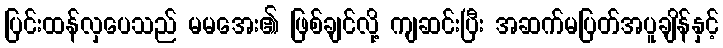
ပြင်းထန်လှပေသည် မမအေး၏ ဖြစ်ချင်လို့ ကျဆင်းပြီး အဆက်မပြတ်အပူချိန်နှင့်